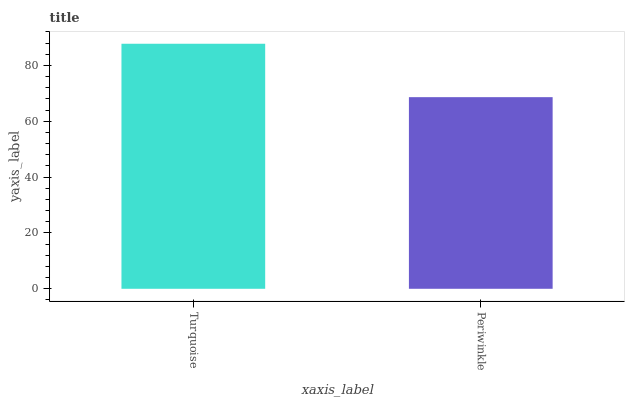
| xaxis_label | bars |
 | --- | --- |
 | Turquoise | 87.8 |
 | Periwinkle | 68.6 |